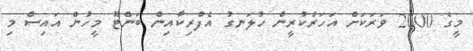
މީގެ 2000 ވަރަކަށް އަހަރުކުރީން ހުލަނގު އެފްރިކާއިން ބަންޓޫ މީހުން އައިސް މި